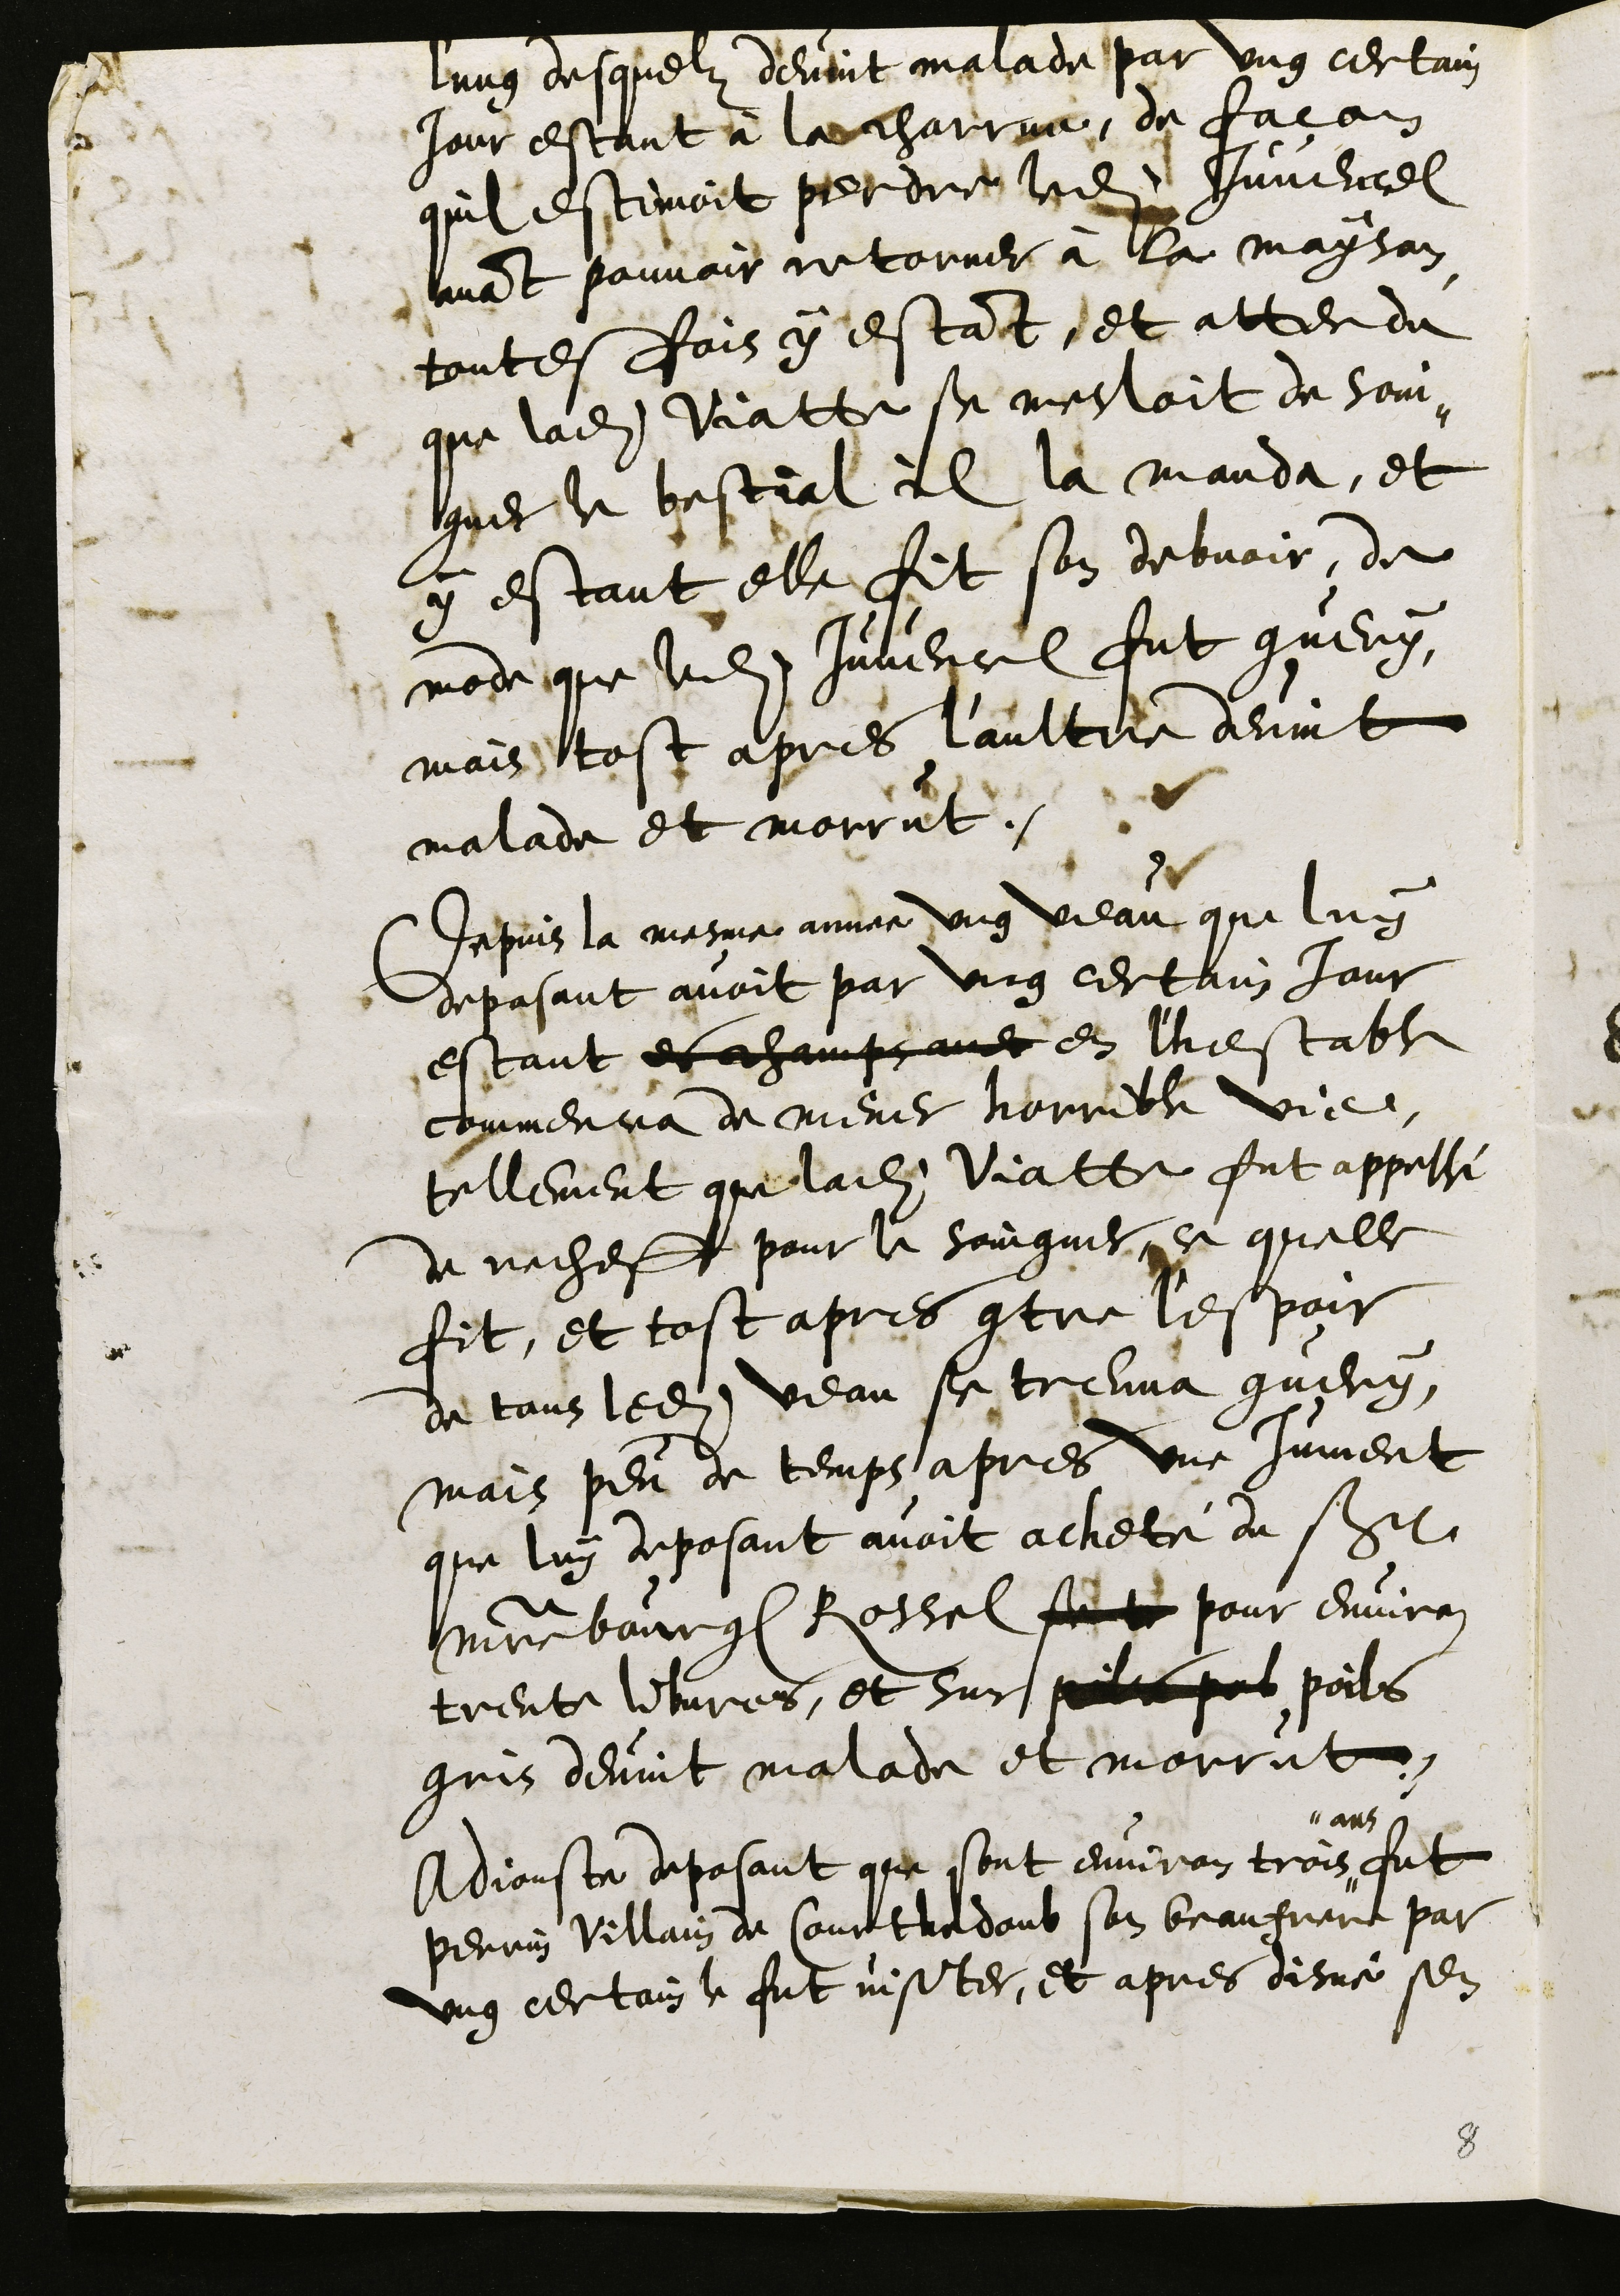
l'ung desquelz devint malade par ung certain
jour estant à la charrue, de facon
quil estimoit perdre ledit Juvencel
avant pouvoir retorner à la mayson,
toutesfois y estant, et attendu
que ladite Viatte se mesloit de soin¬
gner le bestial il la manda, et
y estant elle fit son debvoir, de
mode que ledit Juvencel fut guery,
mais tost apres l'aultre devint
malade et morrut.
Depuis la mesme annee ung veau que luy
deposant avoit par ung certain jour
estant es champs avec en l'hestable
commenca de mener horrible vie,
tellement que ladite Viatte fut appellé
de recheff pour le soingner, ce quelle
fit, et tost apres contre l'espoir
de tous ledit veau se treuva guery,
mais peu de temps apres une jument
que luy deposant avoit acheté du S
maistre bourgeois Rossel se te pour environ
trente libvres, et sur poils pal poils
gris devint malade et morrut.
Adjouste deposant que sont environ trois
ans
fut
Perrin Villain de Courthedoub son beaufrere par
ung certain le fut visiter, et apres disné sen

8